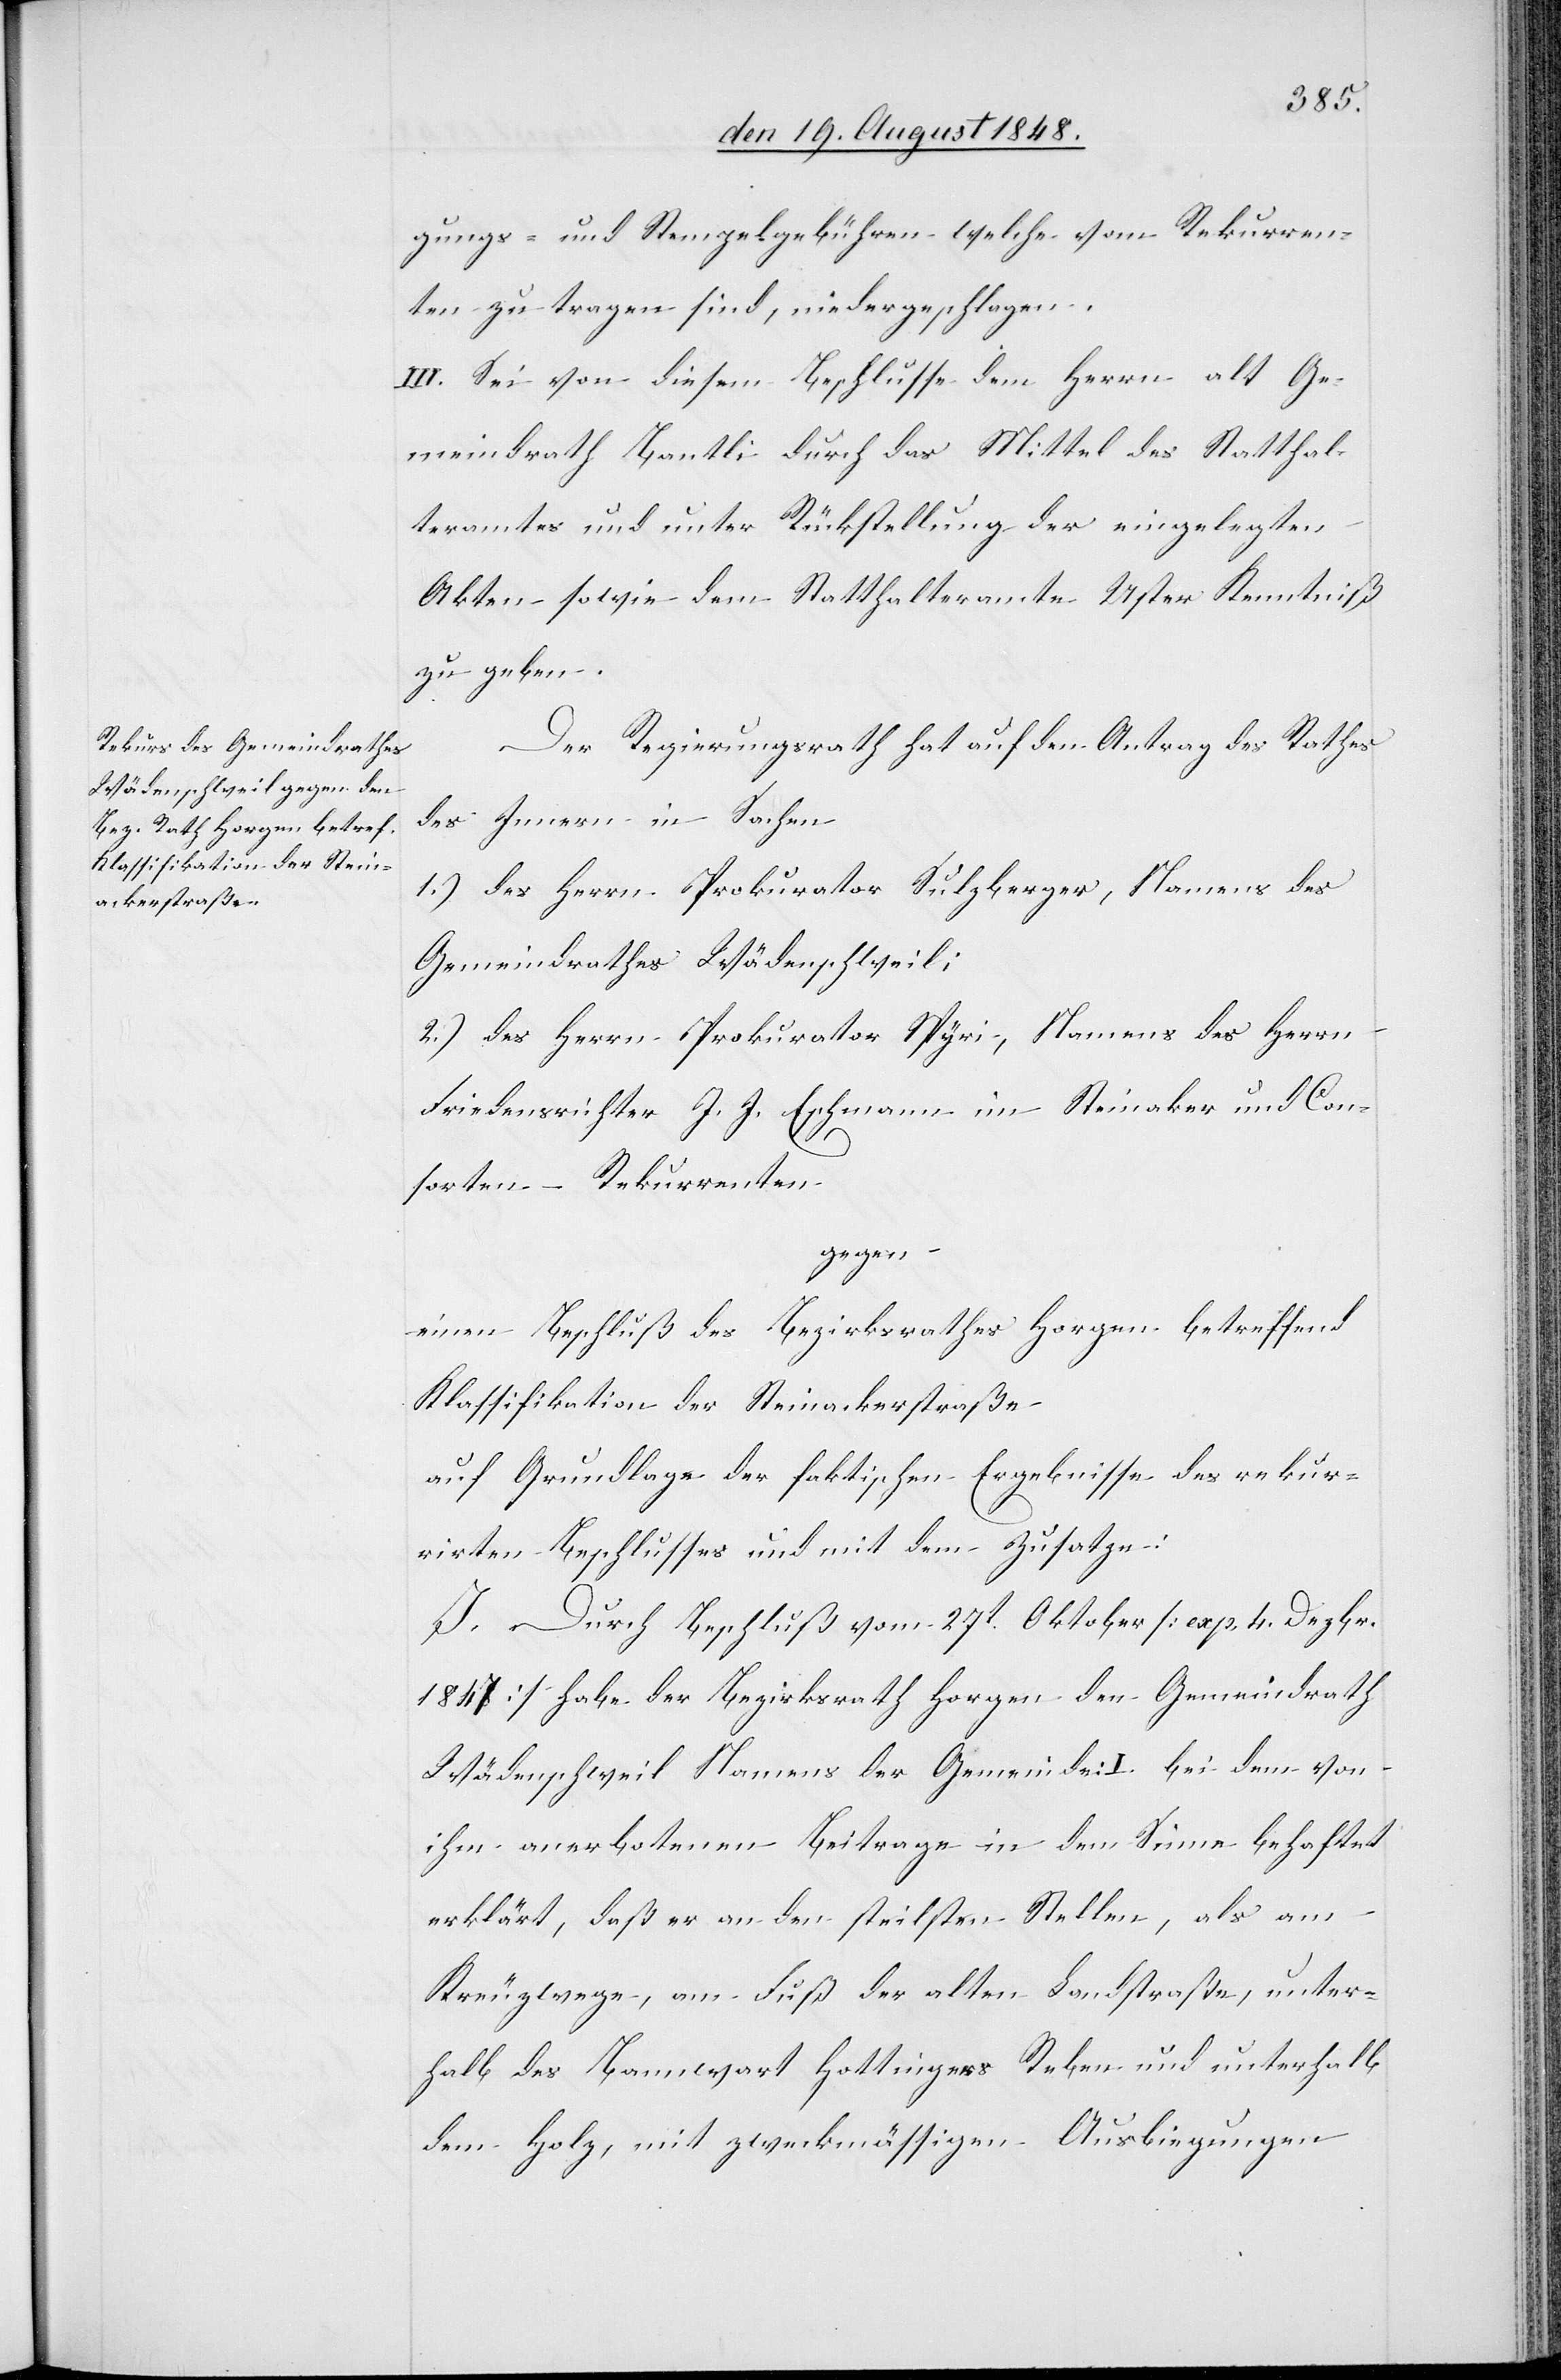
gungs- und Stempelgebühren welche vom Rekurren¬
ten zu tragen sind, niedergeschlagen.
III. Sei von diesem Beschlusse dem Herrn alt Ge¬
meindrath Bantli durch das Mittel des Statthal¬
teramtes und unter Rückstellung der eingelegten
Akten sowie dem Statthalteramte Uster Kenntniß
zu geben.